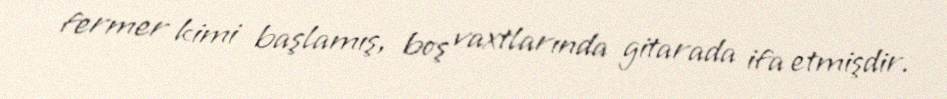
fermer kimi başlamış, boş vaxtlarında gitarada ifa etmişdir.